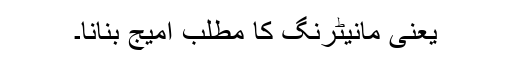
یعنی مانیٹرنگ کا مطلب امیج بنانا۔